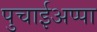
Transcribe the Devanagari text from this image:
पुचाईअप्पा